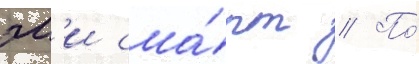
эм'и сма́рт // По́